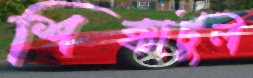
শিক্কাটুলী